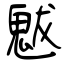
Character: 魃